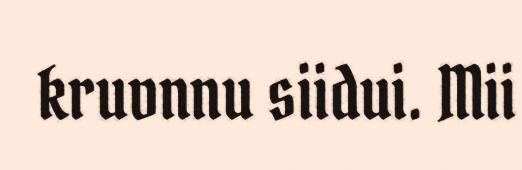
kruvnnu siidui. Mii